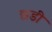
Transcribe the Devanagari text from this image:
छ्डी